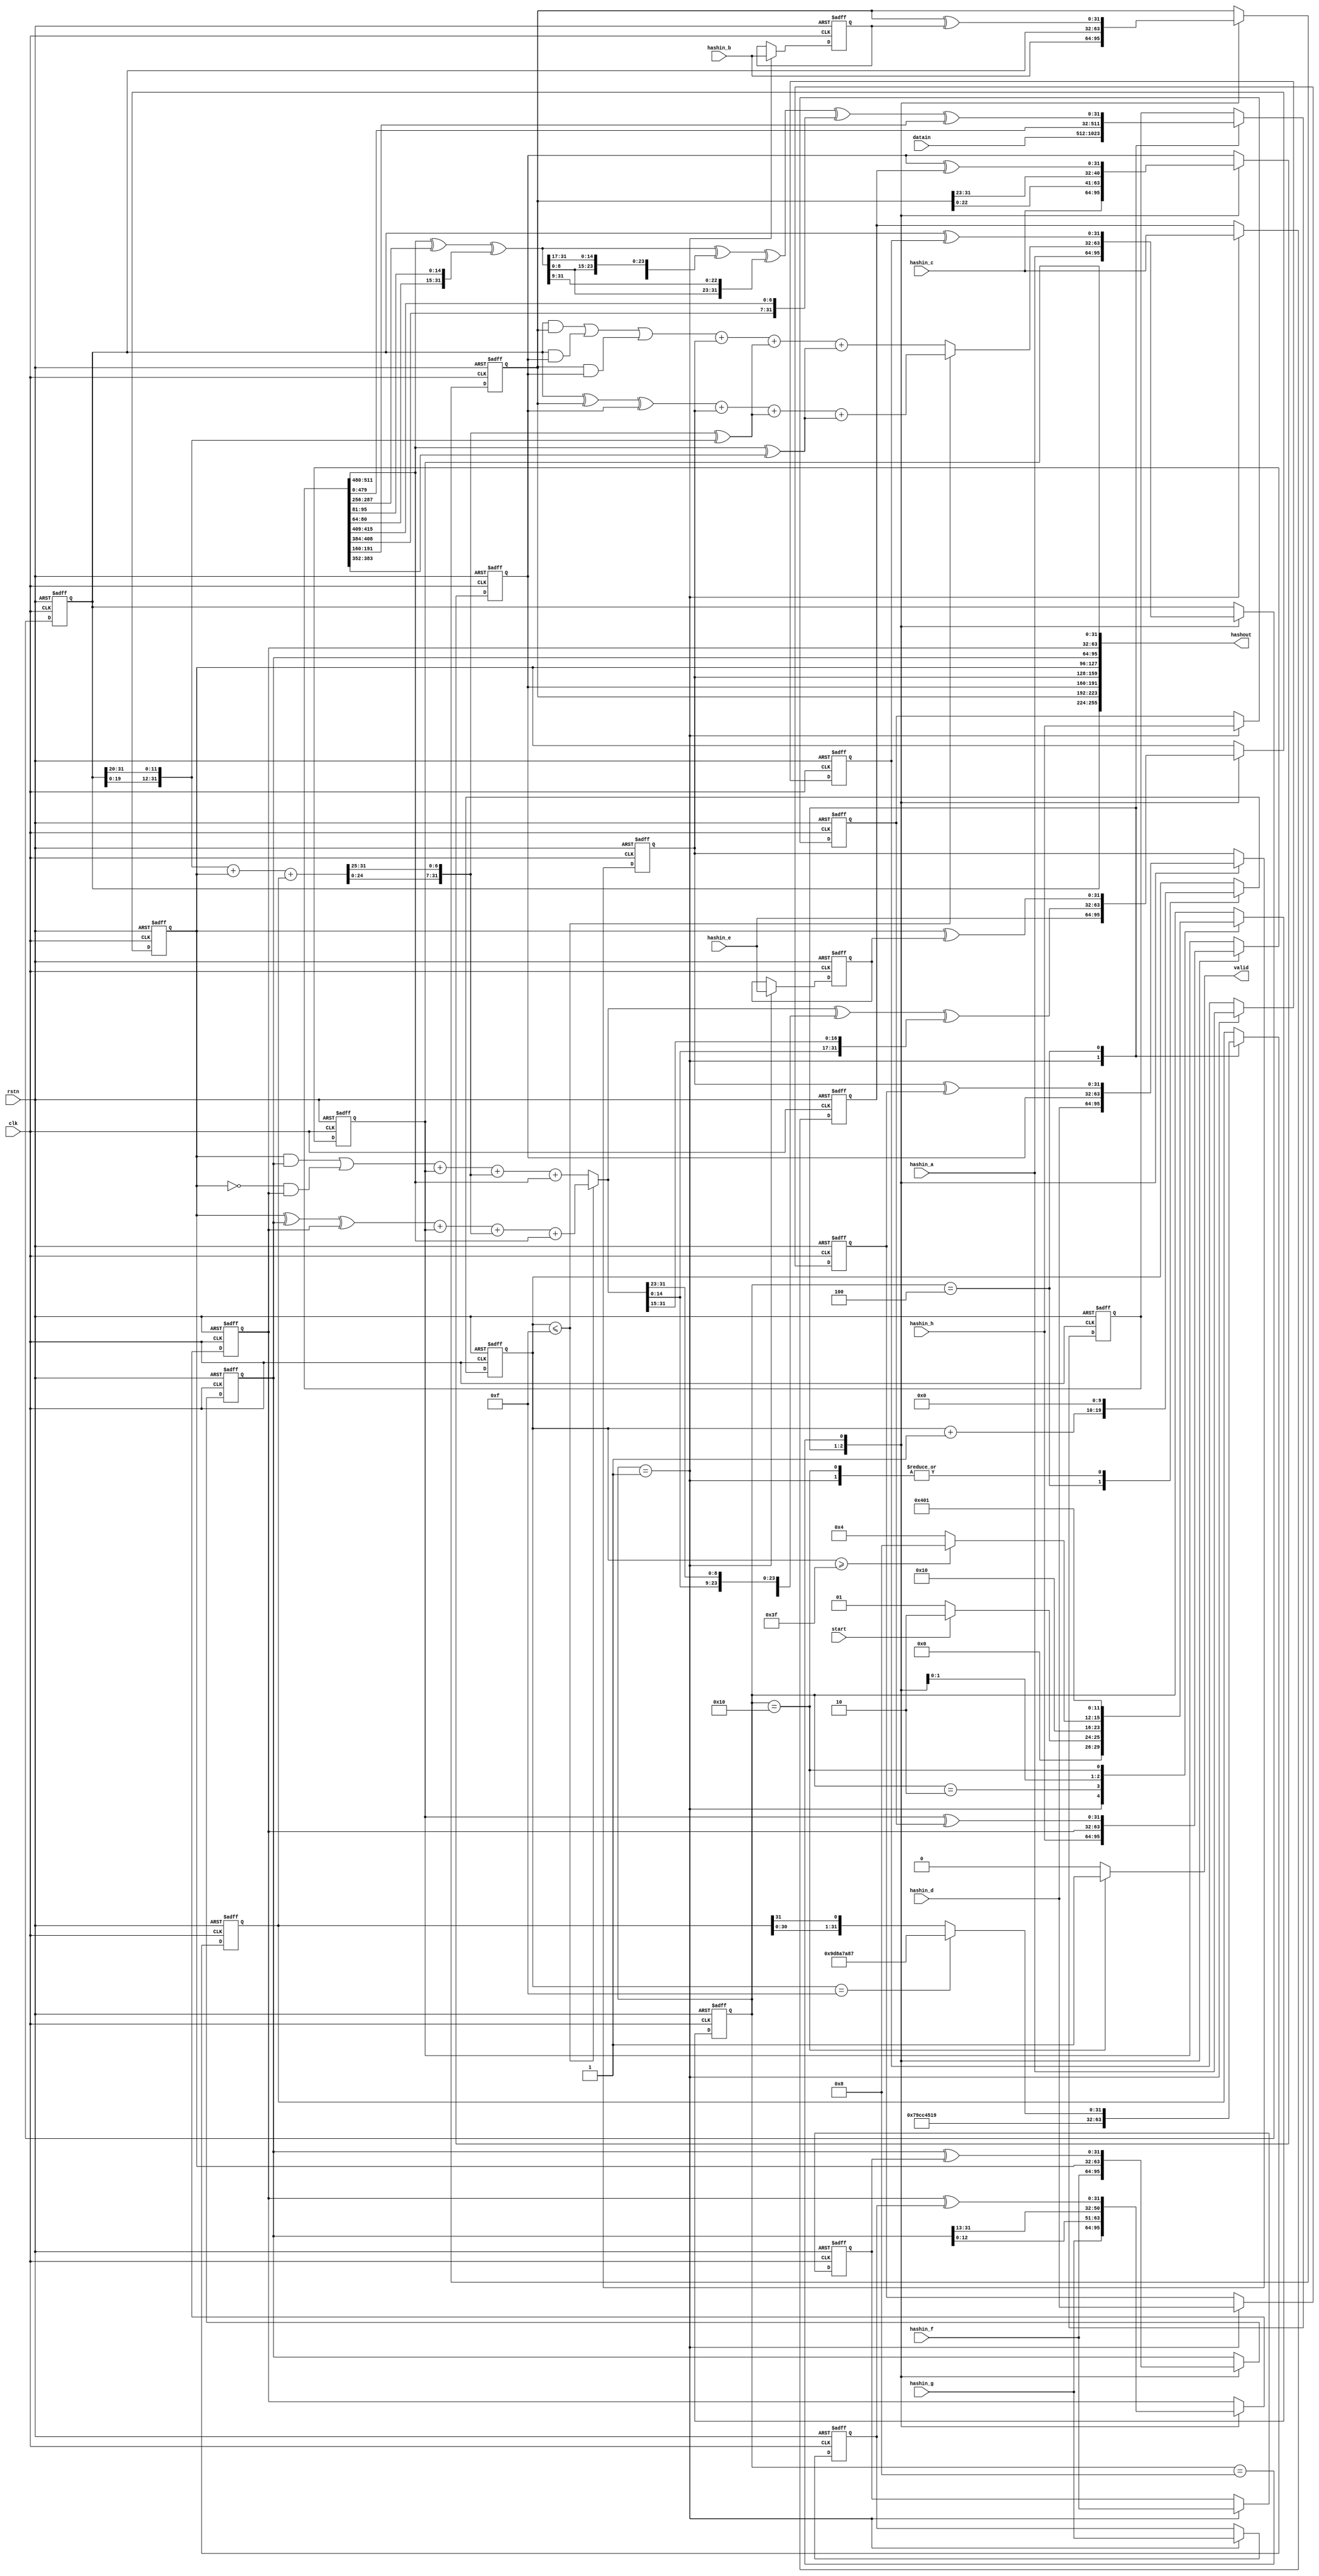
`timescale 1ns / 1ps
//////////////////////////////////////////////////////////////////////////////////
// Company: 
// 
// Design Name: 
// Module Name:    SM3 processing
// Project Name: 
// Target Devices: 
// Tool versions: 
// Description: 
//
// Dependencies: 
//
// Revision: 
// Revision 0.01 - File Created
// Additional Comments: 
//     sm3 processing module, including expantion and compress
//     input 1024 bit data, output 256 hash result
//////////////////////////////////////////////////////////////////////////////////
module sm3_processing(
    clk,
    rstn,
    datain,
    hashin_a,
    hashin_b,
    hashin_c,
    hashin_d,
    hashin_e,
    hashin_f,
    hashin_g,
    hashin_h,
    start,
    hashout,
    valid
);
    input wire clk;
    input wire rstn;
    input wire[511:0] datain;
    input wire[31:0] hashin_a;
    input wire[31:0] hashin_b;
    input wire[31:0] hashin_c;
    input wire[31:0] hashin_d;
    input wire[31:0] hashin_e;
    input wire[31:0] hashin_f;
    input wire[31:0] hashin_g;
    input wire[31:0] hashin_h;
    input wire start;
    output wire[255:0] hashout;
    output wire valid;

    wire[31:0]              TJ1;
    wire[31:0]              TJ2;
    assign TJ1 = 32'h79cc4519;
    assign TJ2 = 32'h7a879d8a;
    wire[31:0]              TJC;
    reg [31:0]            r_TJC;
    assign TJC = r_TJC;

    // data reg
    reg [31:0]                 A;
    reg [31:0]                 B;
    reg [31:0]                 C;
    reg [31:0]                 D;
    reg [31:0]                 E;
    reg [31:0]                 F;
    reg [31:0]                 G;
    reg [31:0]                 H;

    reg [511:0]          r_data;
    reg [511:0]              r_W;

    wire[31:0]	         W0,W1,W2,W3,W4,W5,W6,W7,W8,W9,W10,W11,W12,W13,W14,W15;
    wire[31:0]               W16; // Wj
    wire[31:0]              W16x;
    wire[31:0]               W0j; // Wj'

    assign {W0,W1,W2,W3,W4,W5,W6,W7} = r_W[511:256];
	assign {W8,W9,W10,W11,W12,W13,W14,W15} = r_W[255:0];
    assign W16x = W0^W7^{W13[16:0],W13[31:17]};
	assign W16 = (W16x^{W16x[16:0],W16x[31:17]}^{W16x[8:0],W16x[31:9]})^{W3[24:0],W3[31:25]}^W10;
	assign W0j = W0^W4;

    // save the result of round1
    reg [31:0]            save_A;
    reg [31:0]            save_B;
    reg [31:0]            save_C;
    reg [31:0]            save_D;
    reg [31:0]            save_E;
    reg [31:0]            save_F;
    reg [31:0]            save_G;
    reg [31:0]            save_H;

    // state machine
    reg[5:0] state;
    localparam IDLE   = 6'b000001;
    localparam DIN    = 6'b000010;
    localparam ROUND  = 6'b000100;
    localparam XOR    = 6'b001000;
    localparam FIN    = 6'b010000;

    // counter
    reg[9:0] counter;

    always @(posedge clk or negedge rstn) begin
        if(!rstn) begin
            state <= IDLE;
        end
        else begin
            case(state)
                IDLE:begin
                    state <= start ? DIN : IDLE;
                end
                DIN:begin
                    state <= ROUND;
                end
                ROUND:begin
                    state <= (counter>=63) ? XOR : ROUND;
                end
                XOR:begin
                    state <= FIN;
                end
                FIN:begin
                    state <= IDLE;
                end
                default:begin
                end
            endcase
        end
    end

    // calculate wires
    wire[31:0] SS1p;
    wire[31:0] SS1;
    wire[31:0] SS2;
    wire[31:0] TT1;
    wire[31:0] TT2;
    assign SS1p = { A[19:0], A[31:20] } + E + TJC;
    assign SS1 = { SS1p[24:0], SS1p[31:25] };
    assign SS2 = SS1 ^ { A[19:0], A[31:20] };
    assign TT1 = ( counter<=7'd15 ) ? ((A^B^C)+D+SS2+W0j) : (((A&B)|(A&C)|(B&C))+D+SS2+W0j);
    assign TT2 = (counter<=7'd15) ? ((E^F^G)+H+SS1+W0) : (((E&F)|((~E)&G))+H+SS1+W0);

    always @(posedge clk or negedge rstn) begin
        if(!rstn) begin
            A <= 0;
            B <= 0;
            C <= 0;
            D <= 0;
            E <= 0;
            F <= 0;
            G <= 0;
            H <= 0;
            counter <= 0;
            r_data <= 0;
            r_W <= 0;
            save_A <= 0;
            save_B <= 0;
            save_C <= 0;
            save_D <= 0;
            save_E <= 0;
            save_F <= 0;
            save_G <= 0;
            save_H <= 0;
            r_TJC <= 32'h79cc4519;
        end
        else begin
            case(state)
                IDLE: begin
                    A <= hashin_a;
                    B <= hashin_b;
                    C <= hashin_c;
                    D <= hashin_d;
                    E <= hashin_e;
                    F <= hashin_f;
                    G <= hashin_g;
                    H <= hashin_h;
                    save_A <= hashin_a;
                    save_B <= hashin_b;
                    save_C <= hashin_c;
                    save_D <= hashin_d;
                    save_E <= hashin_e;
                    save_F <= hashin_f;
                    save_G <= hashin_g;
                    save_H <= hashin_h;
                    counter <= 0;
                    r_data <= datain;
                    r_W <= datain;
                    r_TJC <= 32'h79cc4519;
                end
                DIN:begin
                    // do nothing?
                end
                ROUND:begin
                    A <= TT1;
                    B <= A;
                    C <= {B[22:0],B[31:23]};
                    D <= C;
                    E <= (TT2^{TT2[22:0],TT2[31:23]}^{TT2[14:0],TT2[31:15]});
                    F <= E;
                    G <= {F[12:0],F[31:13]};
                    H <= G;
                    counter <= counter + 1;
                    r_W <= {W1,W2,W3,W4,W5,W6,W7,W8,W9,W10,W11,W12,W13,W14,W15,W16};
                    if(counter==7'd15) begin
			            r_TJC <= 32'h9d8a7a87;  //32'h7a879d8a<<16;
                    end
		            else begin
			            r_TJC <= {r_TJC[30:0],r_TJC[31]};
                    end
                end
                XOR:begin
                    A <= A ^ save_A;
                    B <= B ^ save_B;
                    C <= C ^ save_C;
                    D <= D ^ save_D;
                    E <= E ^ save_E;
                    F <= F ^ save_F;
                    G <= G ^ save_G;
                    H <= H ^ save_H;
                end
                FIN:begin
                    counter <= 0;
                end
                default:begin
                end
            endcase
        end
    end

    assign hashout = { A,B,C,D,E,F,G,H };
    assign valid = ( state == FIN ) ? 1 : 0;
 

endmodule